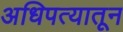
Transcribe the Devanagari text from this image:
अधिपत्यातून